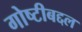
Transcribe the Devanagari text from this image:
गोष्टीबद्दल